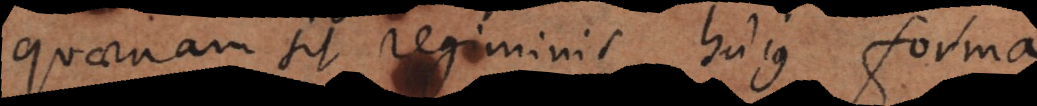
Quaenam sit regiminis hujus forma.